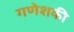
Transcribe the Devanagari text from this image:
गणेशकी